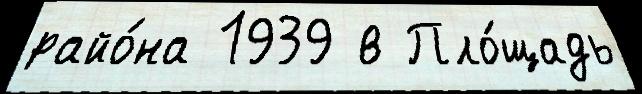
райо́на 1939 в Пло́щадь